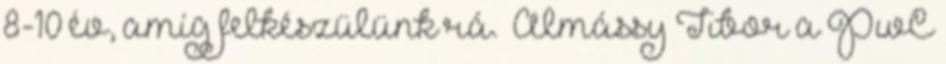
8-10 év, amíg felkészülünk rá.” Almássy Tibor a PwC